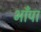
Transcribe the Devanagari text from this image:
भाँपा